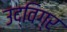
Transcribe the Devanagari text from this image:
उद्विग्र